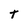
Character: t